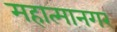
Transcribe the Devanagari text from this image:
महात्मानगर